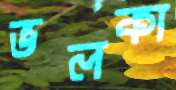
ভলকা